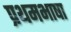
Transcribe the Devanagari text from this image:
प्रथमभाषा